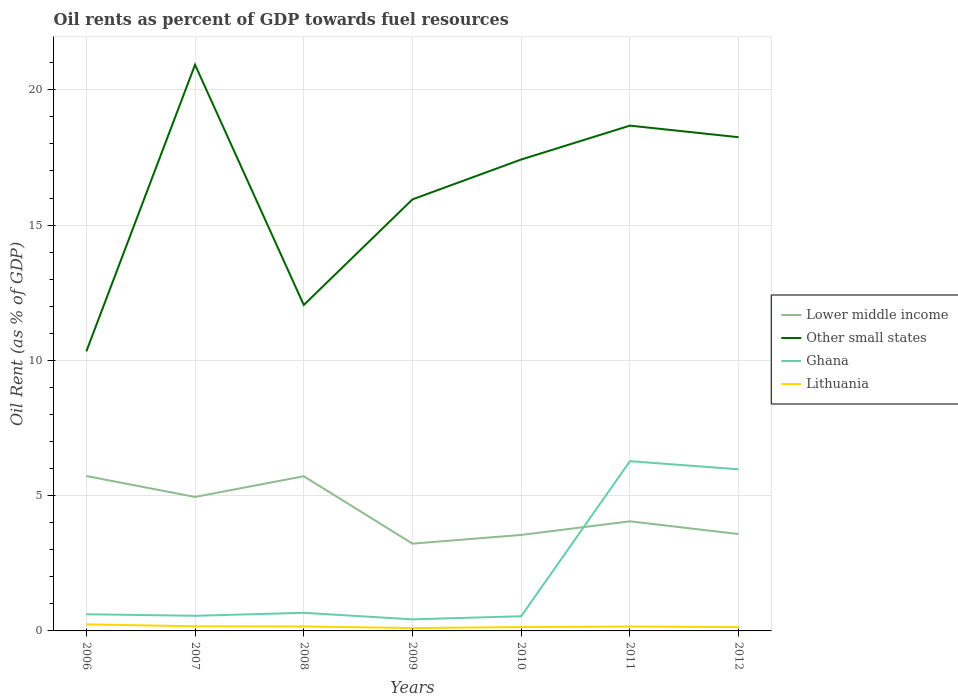
| Years | Lower middle income | Other small states | Ghana | Lithuania |
 | --- | --- | --- | --- | --- |
 | 2006 | 5.73 | 10.3 | 0.616 | 0.242 |
 | 2007 | 4.95 | 20.9 | 0.56 | 0.172 |
 | 2008 | 5.72 | 12 | 0.67 | 0.164 |
 | 2009 | 3.23 | 16 | 0.427 | 0.106 |
 | 2010 | 3.55 | 17.4 | 0.543 | 0.142 |
 | 2011 | 4.05 | 18.7 | 6.27 | 0.161 |
 | 2012 | 3.58 | 18.2 | 5.97 | 0.142 |